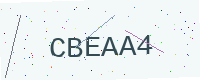
Text: CBEAA4